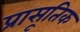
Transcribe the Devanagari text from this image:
प्रासूतिक